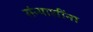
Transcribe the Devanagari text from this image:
संन्याशींना